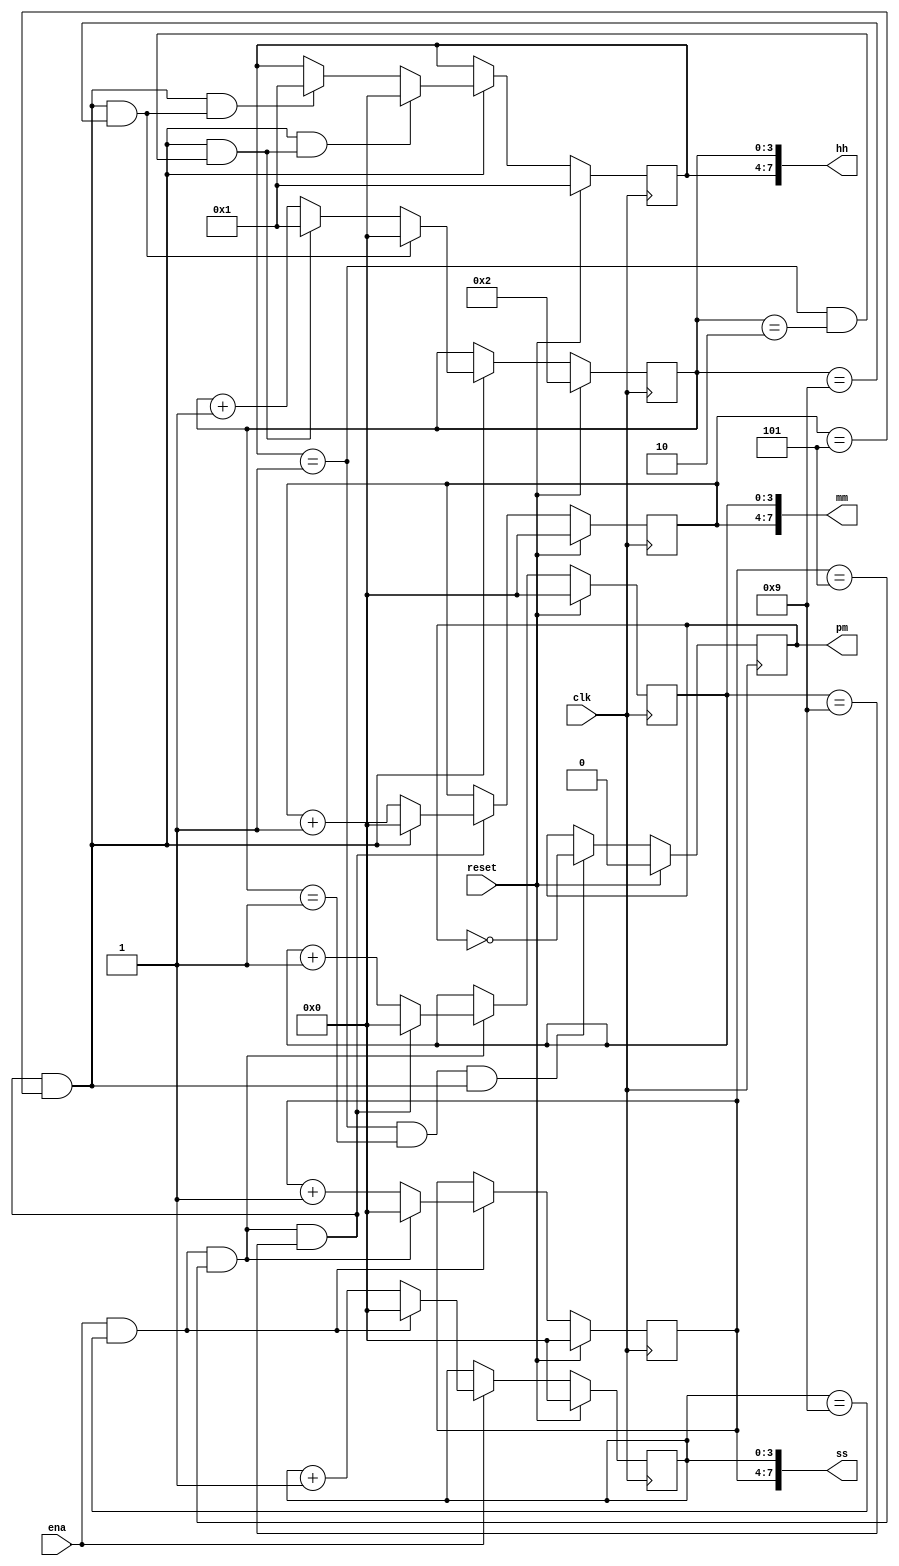
module top_module(
    input clk,
    input reset,
    input ena,
    output pm,
    output [7:0] hh,
    output [7:0] mm,
    output [7:0] ss); 

    reg pm_temp;
    reg [3:0] ss_ones;
    reg [3:0] ss_tens;
    reg [3:0] mm_ones;
    reg [3:0] mm_tens;
    reg [3:0] hh_ones;
    reg [3:0] hh_tens;
    
    wire add_ss_ones;
    wire end_ss_ones;
    wire add_ss_tens;
    wire end_ss_tens;
    wire add_mm_ones;
    wire end_mm_ones;
    wire add_mm_tens;
    wire end_mm_tens;
    wire add_hh_ones;
    wire end_hh_ones_0;
    wire end_hh_ones_1;
    wire add_hh_tens;
    wire end_hh_tens_0;
    wire end_hh_tens_1;
    wire pm_toggle;
    
    // counter for ss_ones
    always @ (posedge clk) begin
        if (reset) 
            ss_ones <= 4'd0;
        else if (add_ss_ones) 
        	ss_ones <= end_ss_ones ? 4'd0 : ss_ones + 1'b1;
    end
    assign add_ss_ones = ena;
    assign end_ss_ones = add_ss_ones && (ss_ones == 4'd9);
    
    // counter for ss_tens
    always @ (posedge clk) begin
        if (reset)
        	ss_tens <= 4'd0;
        else if (add_ss_tens)
            ss_tens <= end_ss_tens ? 4'd0 : ss_tens + 1'b1;
    end
    assign add_ss_tens = end_ss_ones;
    assign end_ss_tens = add_ss_tens && (ss_tens == 4'd5);
    
    // counter for mm_ones
    always @ (posedge clk) begin
        if (reset)
            mm_ones <= 4'd0;
        else if (add_mm_ones)
            mm_ones <= end_mm_ones ? 4'd0 : mm_ones + 1'b1;
    end
    assign add_mm_ones = end_ss_tens;
    assign end_mm_ones = add_mm_ones && (mm_ones == 4'd9);
    
    // counter for mm_tens
    always @ (posedge clk) begin
        if (reset)
            mm_tens <= 4'd0;
        else if (add_mm_tens)
            mm_tens <= end_mm_tens ? 4'd0 : mm_tens + 1'b1;
    end
    assign add_mm_tens = end_mm_ones;
    assign end_mm_tens = add_mm_tens && (mm_tens == 4'd5);
    
    // counter for hh_ones
    always @ (posedge clk) begin
        if (reset)
            hh_ones <= 4'd2;
        else if (add_hh_ones) begin
            if(end_hh_ones_0)
                hh_ones <= 4'd0;
            else if (end_hh_ones_1)
                hh_ones <= 4'd1;
            else
                hh_ones <= hh_ones + 1'b1;
        end
    end
    assign add_hh_ones = end_mm_tens;
    assign end_hh_ones_0 = add_hh_ones && (hh_ones == 4'd9);
    assign end_hh_ones_1 = add_hh_ones && (hh_tens == 4'd1 && hh_ones == 4'd2);
    
    //counter for hh_tens
    always @ (posedge clk) begin
        if (reset)
            hh_tens <= 4'd1;
        else if (add_hh_tens) begin
            if (end_hh_tens_0)
                hh_tens <= 4'd0;
            else if (end_hh_tens_1)
                hh_tens <= 4'd1;
        end
    end
    assign add_hh_tens = end_mm_tens;
    assign end_hh_tens_0 = add_hh_tens && end_hh_ones_1;
    assign end_hh_tens_1 = add_hh_tens && end_hh_ones_0;
        
   	// circuit of pm
    always @ (posedge clk) begin
        if (reset)
            pm_temp <= 0;
        else if (pm_toggle)
            pm_temp <= ~pm_temp;
    end
    assign pm_toggle = (hh_tens == 4'd1) && (hh_ones == 4'd1) && end_mm_tens;
    
    assign pm = pm_temp;
    assign ss = {ss_tens, ss_ones};
    assign mm = {mm_tens, mm_ones};
    assign hh = {hh_tens, hh_ones};
    
endmodule

// alternate method
/*
module top_module(
    input clk,
    input reset,
    input ena,
    output pm,
    output [7:0] hh,
    output [7:0] mm,
    output [7:0] ss); 

    wire [2:0] ena_hms; // determine when hh, mm or ss will increase
    assign ena_hms[0] = ena;         // counter for ss will start as ena pulses
    assign ena_hms[1] = ss == 8'h59; // counter for mm will start as ss count to 59s
    assign ena_hms[2] = (mm == 8'h59) && (ss == 8'h59); // counter for hh will start as mm count to 59m and ss count to 59m
    
    count60 ss_counter (clk, reset, ena_hms[0], ss);
    count60 mm_counter (clk, reset, ena_hms[1], mm);
    
    // circuit for hh and pm
    always @ (posedge clk) begin
        if (reset) begin
            hh <= 8'h12;
        	pm <= 0;
        end
        else if (ena_hms[2]) begin
            if (hh == 8'h12)	// set to 01 if hh is 12
                hh <= 8'h01;
            else if (hh == 8'h11) begin  // toggle pm and set hh to 12 
                pm <= ~pm;
                hh <= 8'h12;
            end
            else if (hh[3:0] == 4'h9) begin 
                hh[3:0] <= 4'h0;
                hh[7:4] <= hh[7:4] + 1;
            end
            else
                hh[3:0] <= hh[3:0] + 1;
        end
        else 
            hh <= hh;
    end
endmodule


module count60 (
	input clk,
    input reset,
    input ena, 
    output [7:0] q
);
    always @ (posedge clk) begin
        if (reset)
            q <= 8'h00;
        else if (ena) begin
            if (q[3:0] == 4'h9) begin     
                if (q[7:4] == 4'h5)
                    q <= 8'h00;
                else begin 
                    q[7:4] <= q[7:4] + 1;
                    q[3:0] <= 4'h0;
                end
            end
            else begin
                q[3:0] <= q[3:0] + 1; 
            end
        end
        else
            q <= q;
    end
endmodule
*/